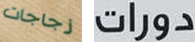
زجاجات دورات